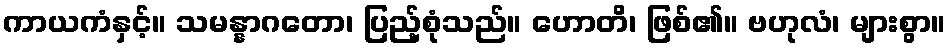
ကာယကံနှင့်။ သမန္နာဂတော၊ ပြည့်စုံသည်။ ဟောတိ၊ ဖြစ်၏။ ဗဟုလံ၊ များစွာ။